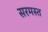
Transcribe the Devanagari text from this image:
सरमस्त